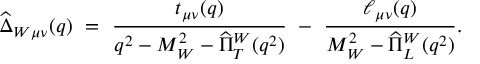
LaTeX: \widehat { \Delta } _ { W \mu \nu } ( q ) \ = \ \frac { t _ { \mu \nu } ( q ) } { q ^ { 2 } - M _ { W } ^ { 2 } - \widehat { \Pi } _ { T } ^ { W } ( q ^ { 2 } ) } \ - \ \frac { \ell _ { \mu \nu } ( q ) } { M _ { W } ^ { 2 } - \widehat { \Pi } _ { L } ^ { W } ( q ^ { 2 } ) } .